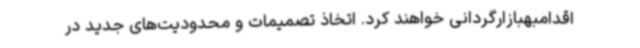
اقدامبهبازارگردانی خواهند کرد. اتخاذ تصمیمات و محدودیت‌های جدید در